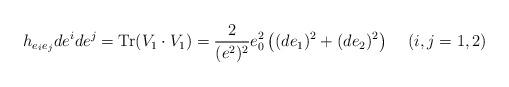
LaTeX: \begin{align*}h_{e_i e_j }de^i de^j = {\rm Tr}(V_1\cdot V_1) = \frac 2{(e^2)^2}e_0^2 \left((de_1)^2 + (de_2)^2\right) \, \quad (i,j=1,2)\end{align*}